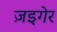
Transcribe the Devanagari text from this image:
ज़इगेर